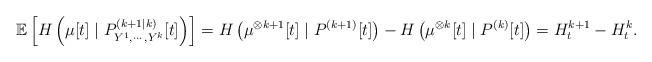
LaTeX: \begin{align*}\mathbb{E}\left[H\left(\mu[t]\mid P_{Y^1,\cdots,Y^k}^{(k+1\mid k)}[t]\right)\right]=H\left(\mu^{\otimes k+1}[t]\mid P^{(k+1)}[t]\right)-H\left(\mu^{\otimes k}[t]\mid P^{(k)}[t]\right)=H_t^{k+1}-H_t^k.\end{align*}